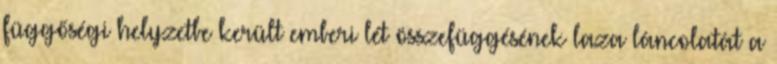
függőségi helyzetbe került emberi lét összefüggésének laza láncolatát a